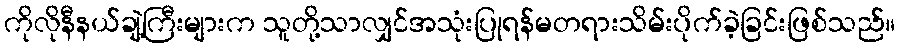
ကိုလိုနီနယ်ချဲ့ကြီးများက သူတို့သာလျှင်အသုံးပြုရန်မတရားသိမ်းပိုက်ခဲ့ခြင်းဖြစ်သည်။